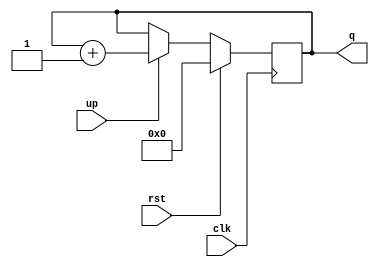
module upcounter_4bits
(
	input clk,
	input rst,
	input up,
	output reg [3:0] q
);

always @(posedge clk)
begin
	if(rst) q <= 4'd0;
	else
	begin
		if(up) q <= q + 1'b1;
		else q <= q;
	end
end

endmodule